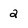
Character: 2